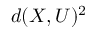
d ( X , U ) ^ { 2 }